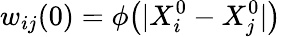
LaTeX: w_{ij}(0)=\phi\big(|X_{i}^{0}-X_{j}^{0}|\big)